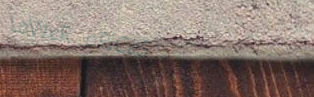
LoWeR pRiCeS